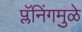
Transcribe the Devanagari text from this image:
प्लॅनिंगमुळे